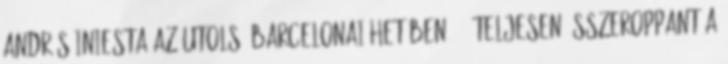
Andrés Iniesta az utolsó barcelonai hetében? 511Teljesen összeroppant a